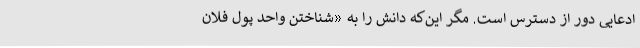
ادعایی دور از دسترس است. مگر این‌که دانش را به «شناختن واحد پول فلان